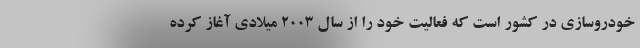
خودروسازی در کشور است که فعالیت خود را از سال 2003 میلادی آغاز کرده